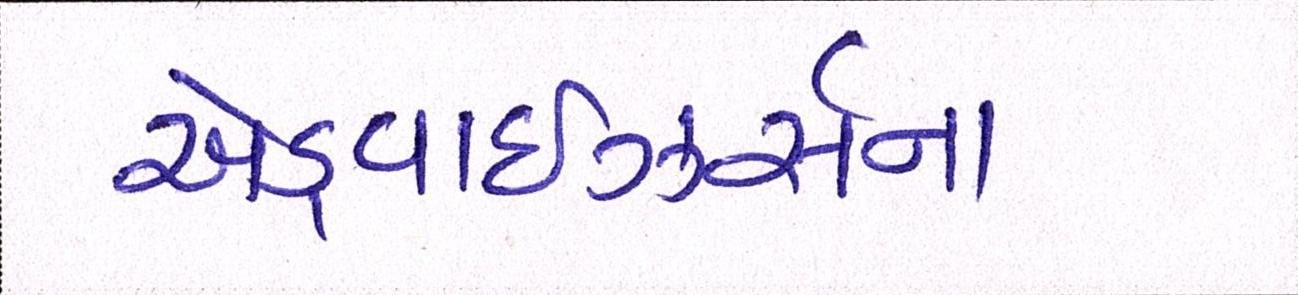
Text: એડ્વાઇઝર્સના